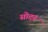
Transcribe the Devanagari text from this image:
सोदरू